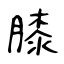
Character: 膝